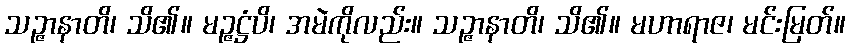
သဉ္ဇာနာတိ၊ သိ၏။ မဉ္ဇဋ္ဌံပိ၊ အမဲကိုလည်း။ သဉ္ဇာနာတိ၊ သိ၏။ မဟာရာဇ၊ မင်းမြတ်။